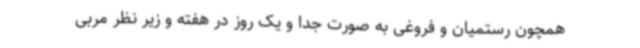
همچون رستمیان و فروغی به صورت جدا و یک روز در هفته و زیر نظر مربی